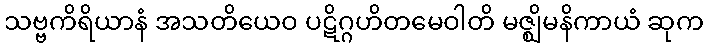
သဗ္ဗကိရိယာနံ အသတိယေဝ ပဋိဂ္ဂဟိတမေဝါတိ မဇ္ဈိမနိကာယံ ဆုက